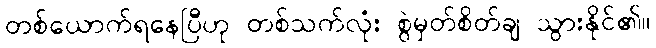
တစ်ယောက်ရနေပြီဟု တစ်သက်လုံး စွဲမှတ်စိတ်ချ သွားနိုင်၏။